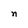
Character: n